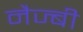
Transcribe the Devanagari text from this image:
नैज्बी